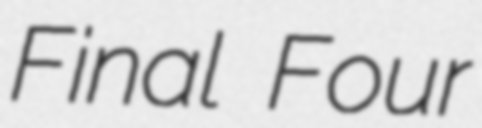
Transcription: Final Four